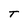
Character: T